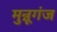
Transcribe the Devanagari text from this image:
मुन्नूगंज